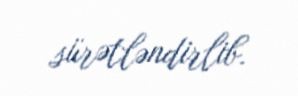
sürətləndirlib.